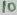
Text: 10